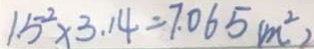
1 . 5 ^ { 2 } \times 3 . 1 4 = 7 . 0 6 5 ( m ^ { 2 } )